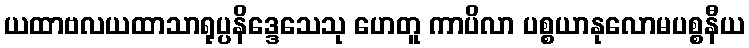
ယထာဗလယထာသာရုပ္ပနိဒ္ဒေသေသု ဟေတူ ကာပိလာ ပစ္စယာနုလောမပစ္စနီယ